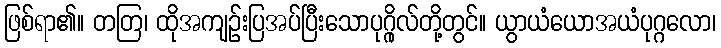
ဖြစ်ရာ၏။ တတြ၊ ထိုအကျဉ်းပြအပ်ပြီးသောပုဂ္ဂိုလ်တို့တွင်။ ယွာယံယောအယံပုဂ္ဂလော၊